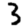
Digit: 3